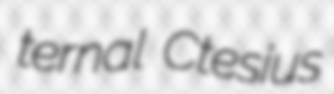
ternal Ctesius